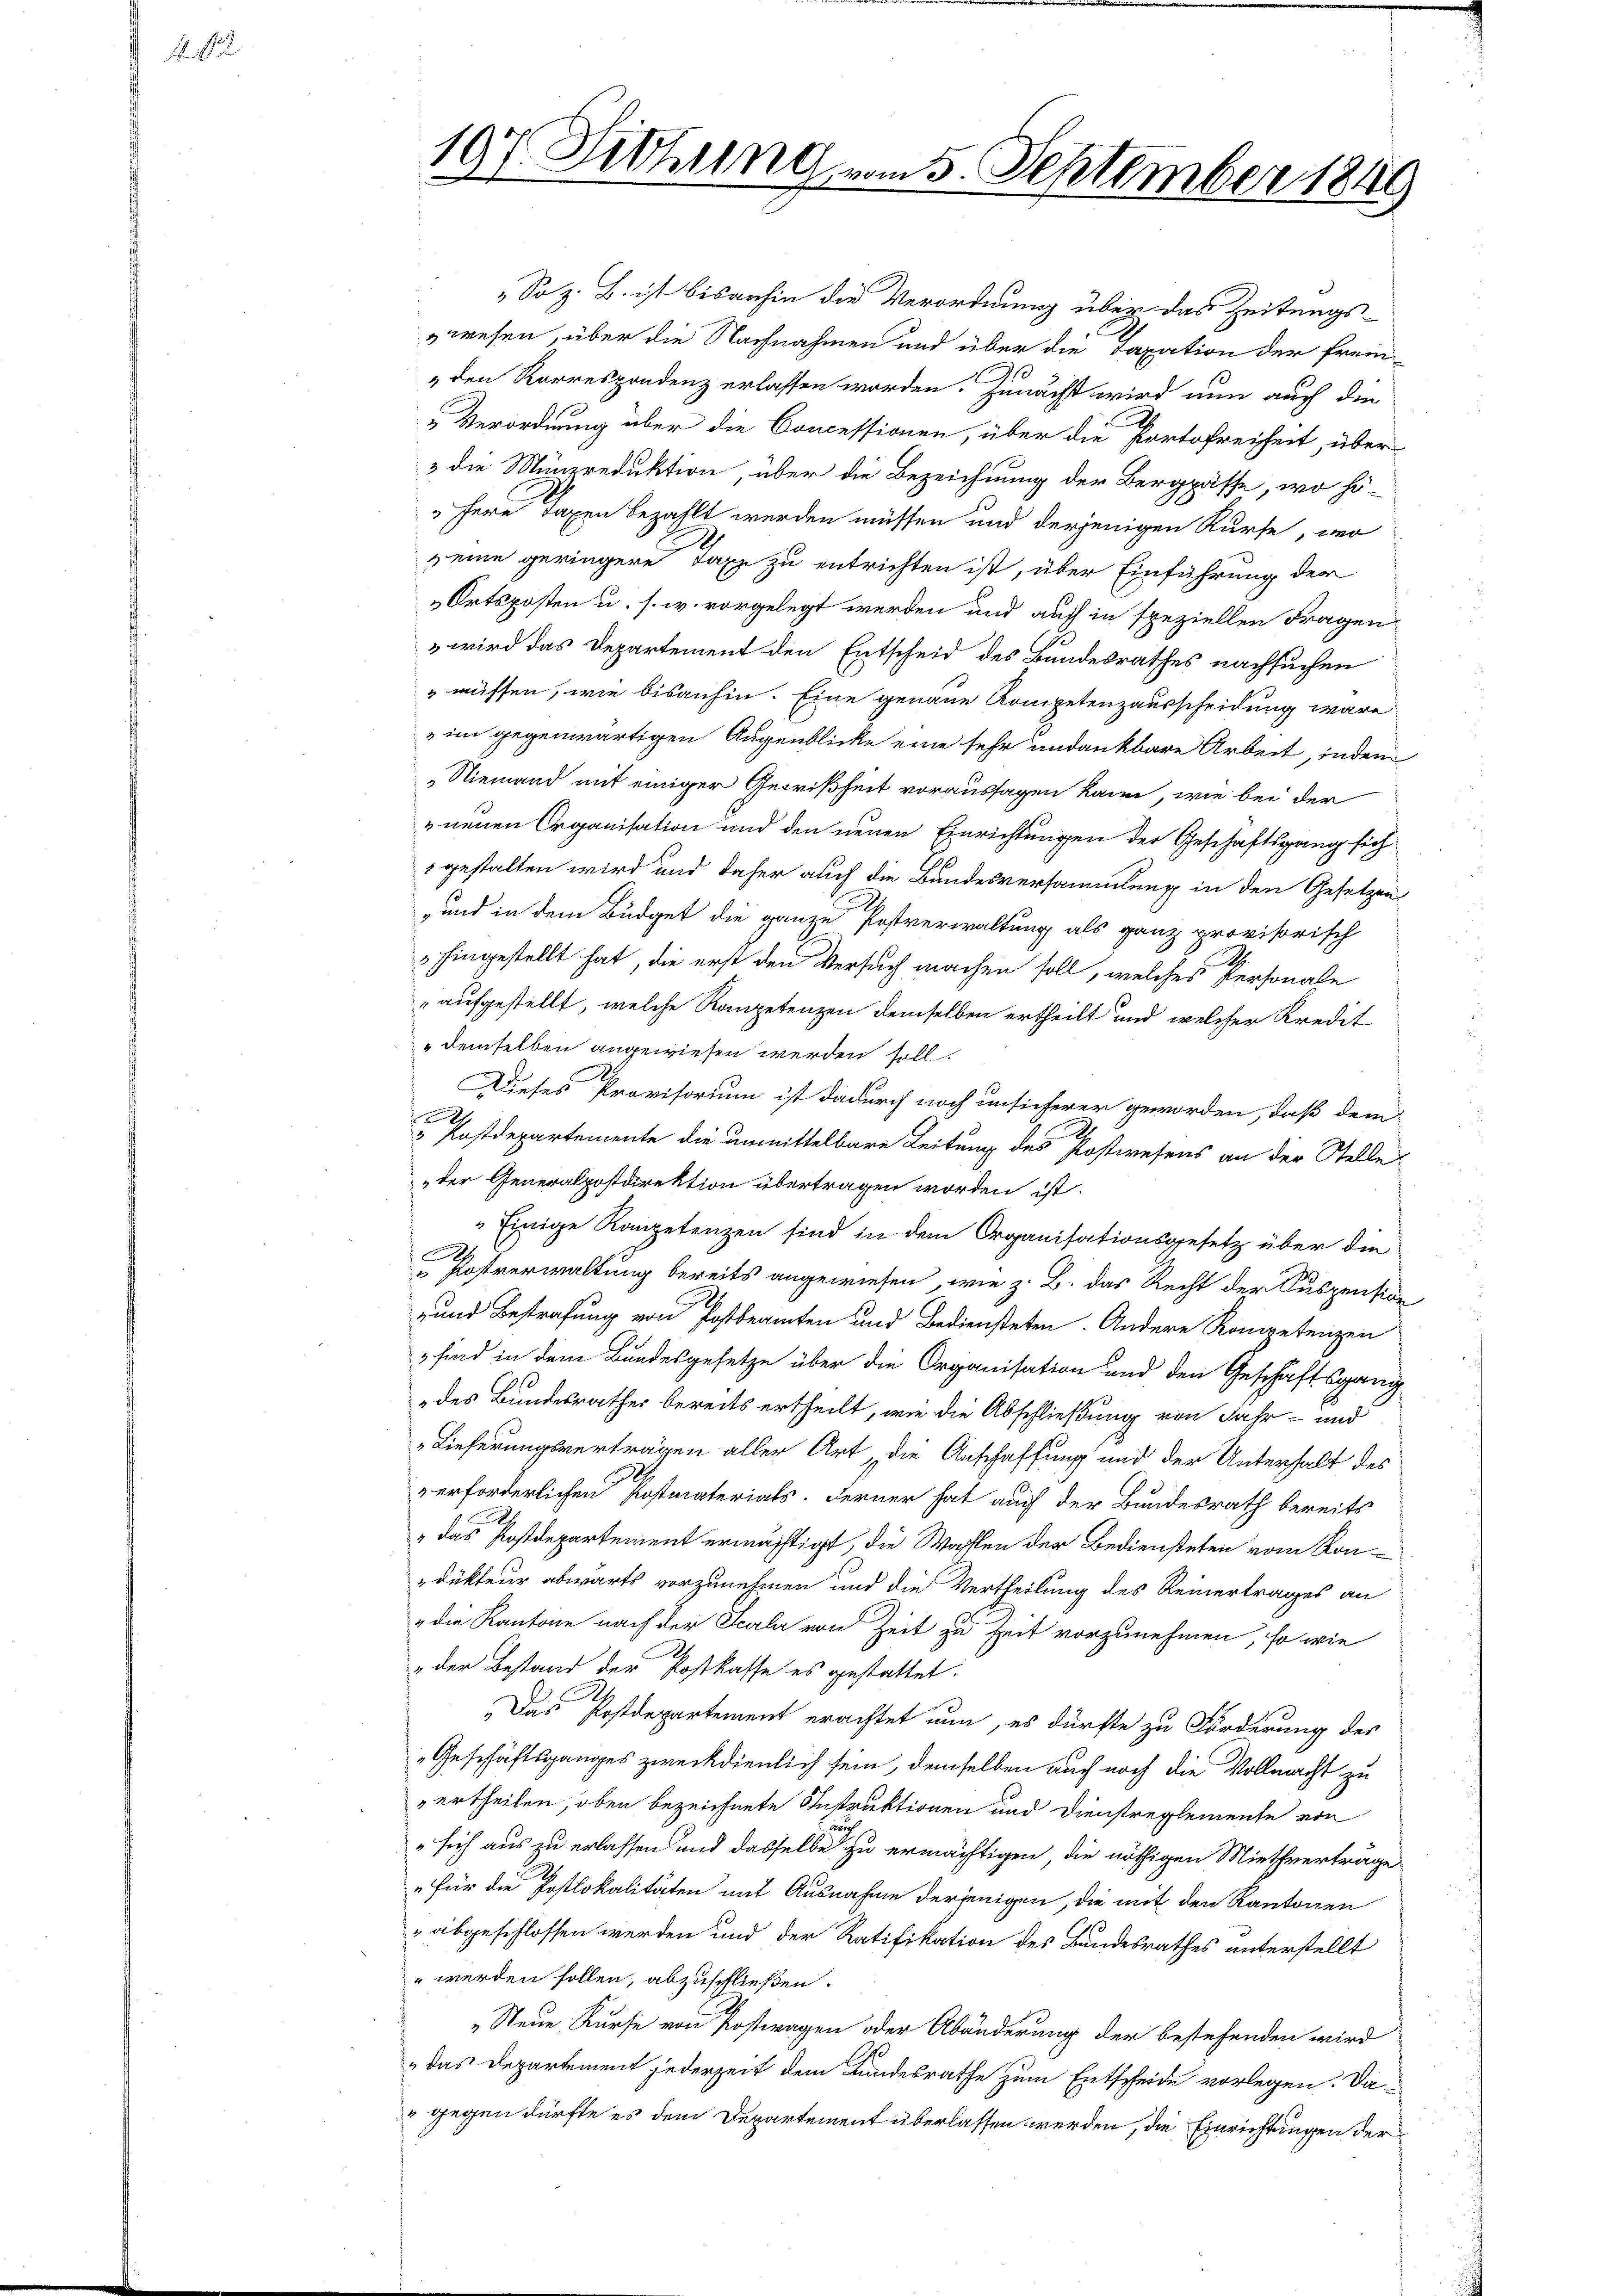
No. 18

197. Fettung vom 5. September 1849

„ So z. B. ist bisanhin die Verordnung über das Zeitungswesen, über die Nachnahmen und über die Taxation der frei¬
„den Korrespondenz erlassen worden. Zunächst wird nun auch die
Verordnung über die Concessionen, über die Portofreiheit, über
3 die Münzreduktion, über die Bezeichnung der Bergpässe, wo hö-
sere Taxen bezahlt werden müssen und derjenigen Kurse, wo
eine geringere Taxe zu entrichten ist, über Einführung der
Ortsposten u. s. w. vorgelegt werden und auch in speziellen Fragen
3 wird das Departement den Entscheid des Bundesrathes nachsuchen
müssen, wie bisanhin. Eine genaue Kompetenzausscheidung wäre
 im gegenwärtigen Augenblicke eine sehr undankbare Arbeit, indem
„Niemand mit einiger Gewißheit voraussagen kann, wie bei der
z neuen Organisation und den neuen Einrichtungen der Geschaftsgang sichgestalten wird und daher auch die Bandesversammlung in den Gesetzen
„und in dem Büdget die ganze Postverwaltung als ganz provisorisch
 hingestellt hat, die erst den Versuch machen soll, welches Personale
„aufgestellt, welche Kompetenzen demselben ertheilt und welcher Kredit
demselben angewiesen werden soll.
Dieses Provisorium ist dadurch noch unsicherer geworden, daß dem

 Postdepartemente die unmittelbare Leitung des Postwesens an der Stelle
„der Generalpostdirektion übertragen worden ist.
"Einige Kompetenzen sind in dem Organisationsgesetz über die
 Postverwaltung bereits angewiesen, wie z. B. das Recht der Suspension
-und Bestrafung von Postbeamten und Bediensteten. Andere Kompetenzen
 sind in dem Bundesgesetze über die Organisation und den Geschäftsgang
„des Bundesrathes bereits ertheilt, wie die Abschließung von Jahr- und
Lieferungsvertragen aller Art, die Anschaffung und der Unterhalt des
erforderlichen Postmaterials. Ferner hat auch der Bundesrath bereits
"das Postdepartement ermächtigt, die Wahlen der Bediensteten vom Kondukteur abwärts vorzunehmen und die Vertheilung des Reinertrages an
" die Kantone nach der Scala von Zeit zu Zeit vorzunehmen, so wie
 der Bestand der Postkasse es gestattet.
Das Postdepartement erachtet nun, es dürfte zu Forderung des
Geschäftsganges zweckdienlich sein, demselben auch noch die Vollmacht zu
ertheilen, oben bezeichnete Instruktionen und Dienstreglemente von
u
„sich aus zu erlassen und dasselbe zu ermächtigen, die nöthigen Miethverträge
„Für die Postlokalitäten mit Ausnahme derjenigen, die mit den Kantonen
abgeschlossen werden und der Ratifikation des Bundesrathes unterstellt
" werden sollen, abzuschließen.
„Neue Kurse von Postwagen oder Abänderung der bestehenden wird
 das Departement jederzeit dem Bundesrathe zum Entscheide vorlegen. Da¬
3 gegen dürfte es dem Departement überlassen werden, die Einrichtungen der